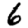
Digit: 6